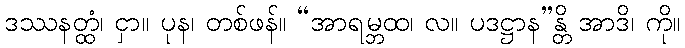
ဒဿနတ္ထံ၊ ငှာ။ ပုန၊ တစ်ဖန်။ “အာရမ္ဘထ၊ လ။ ပဒဋ္ဌာန”န္တိ အာဒိ၊ ကို။